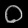
Digit: ၀